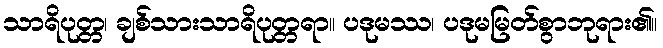
သာရိပုတ္တ၊ ချစ်သားသာရိပုတ္တရာ။ ပဒုမဿ၊ ပဒုမမြတ်စွာဘုရား၏။